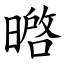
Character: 㬖